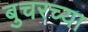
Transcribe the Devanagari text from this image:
बुचरच्या